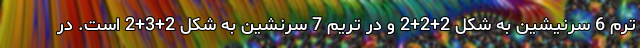
ترم 6 سرنیشین به شکل 2+2+2 و در تریم 7 سرنشین به شکل 2+3+2 است. در